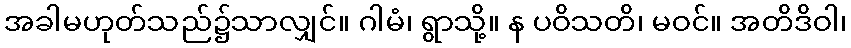
အခါမဟုတ်သည်၌သာလျှင်။ ဂါမံ၊ ရွာသို့။ န ပဝိသတိ၊ မဝင်။ အတိဒိဝါ၊